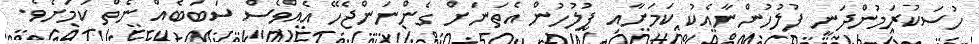
ހުސަކުރަމުންދަނީ ފުލުހުންނާއެކު ކަމަށާއި ފުލުހުން އެތަނަށް ގެންނަންޖެހޭ އެއްވެސް ސަބަބެއް ނެތް ކަމަށެވެ.